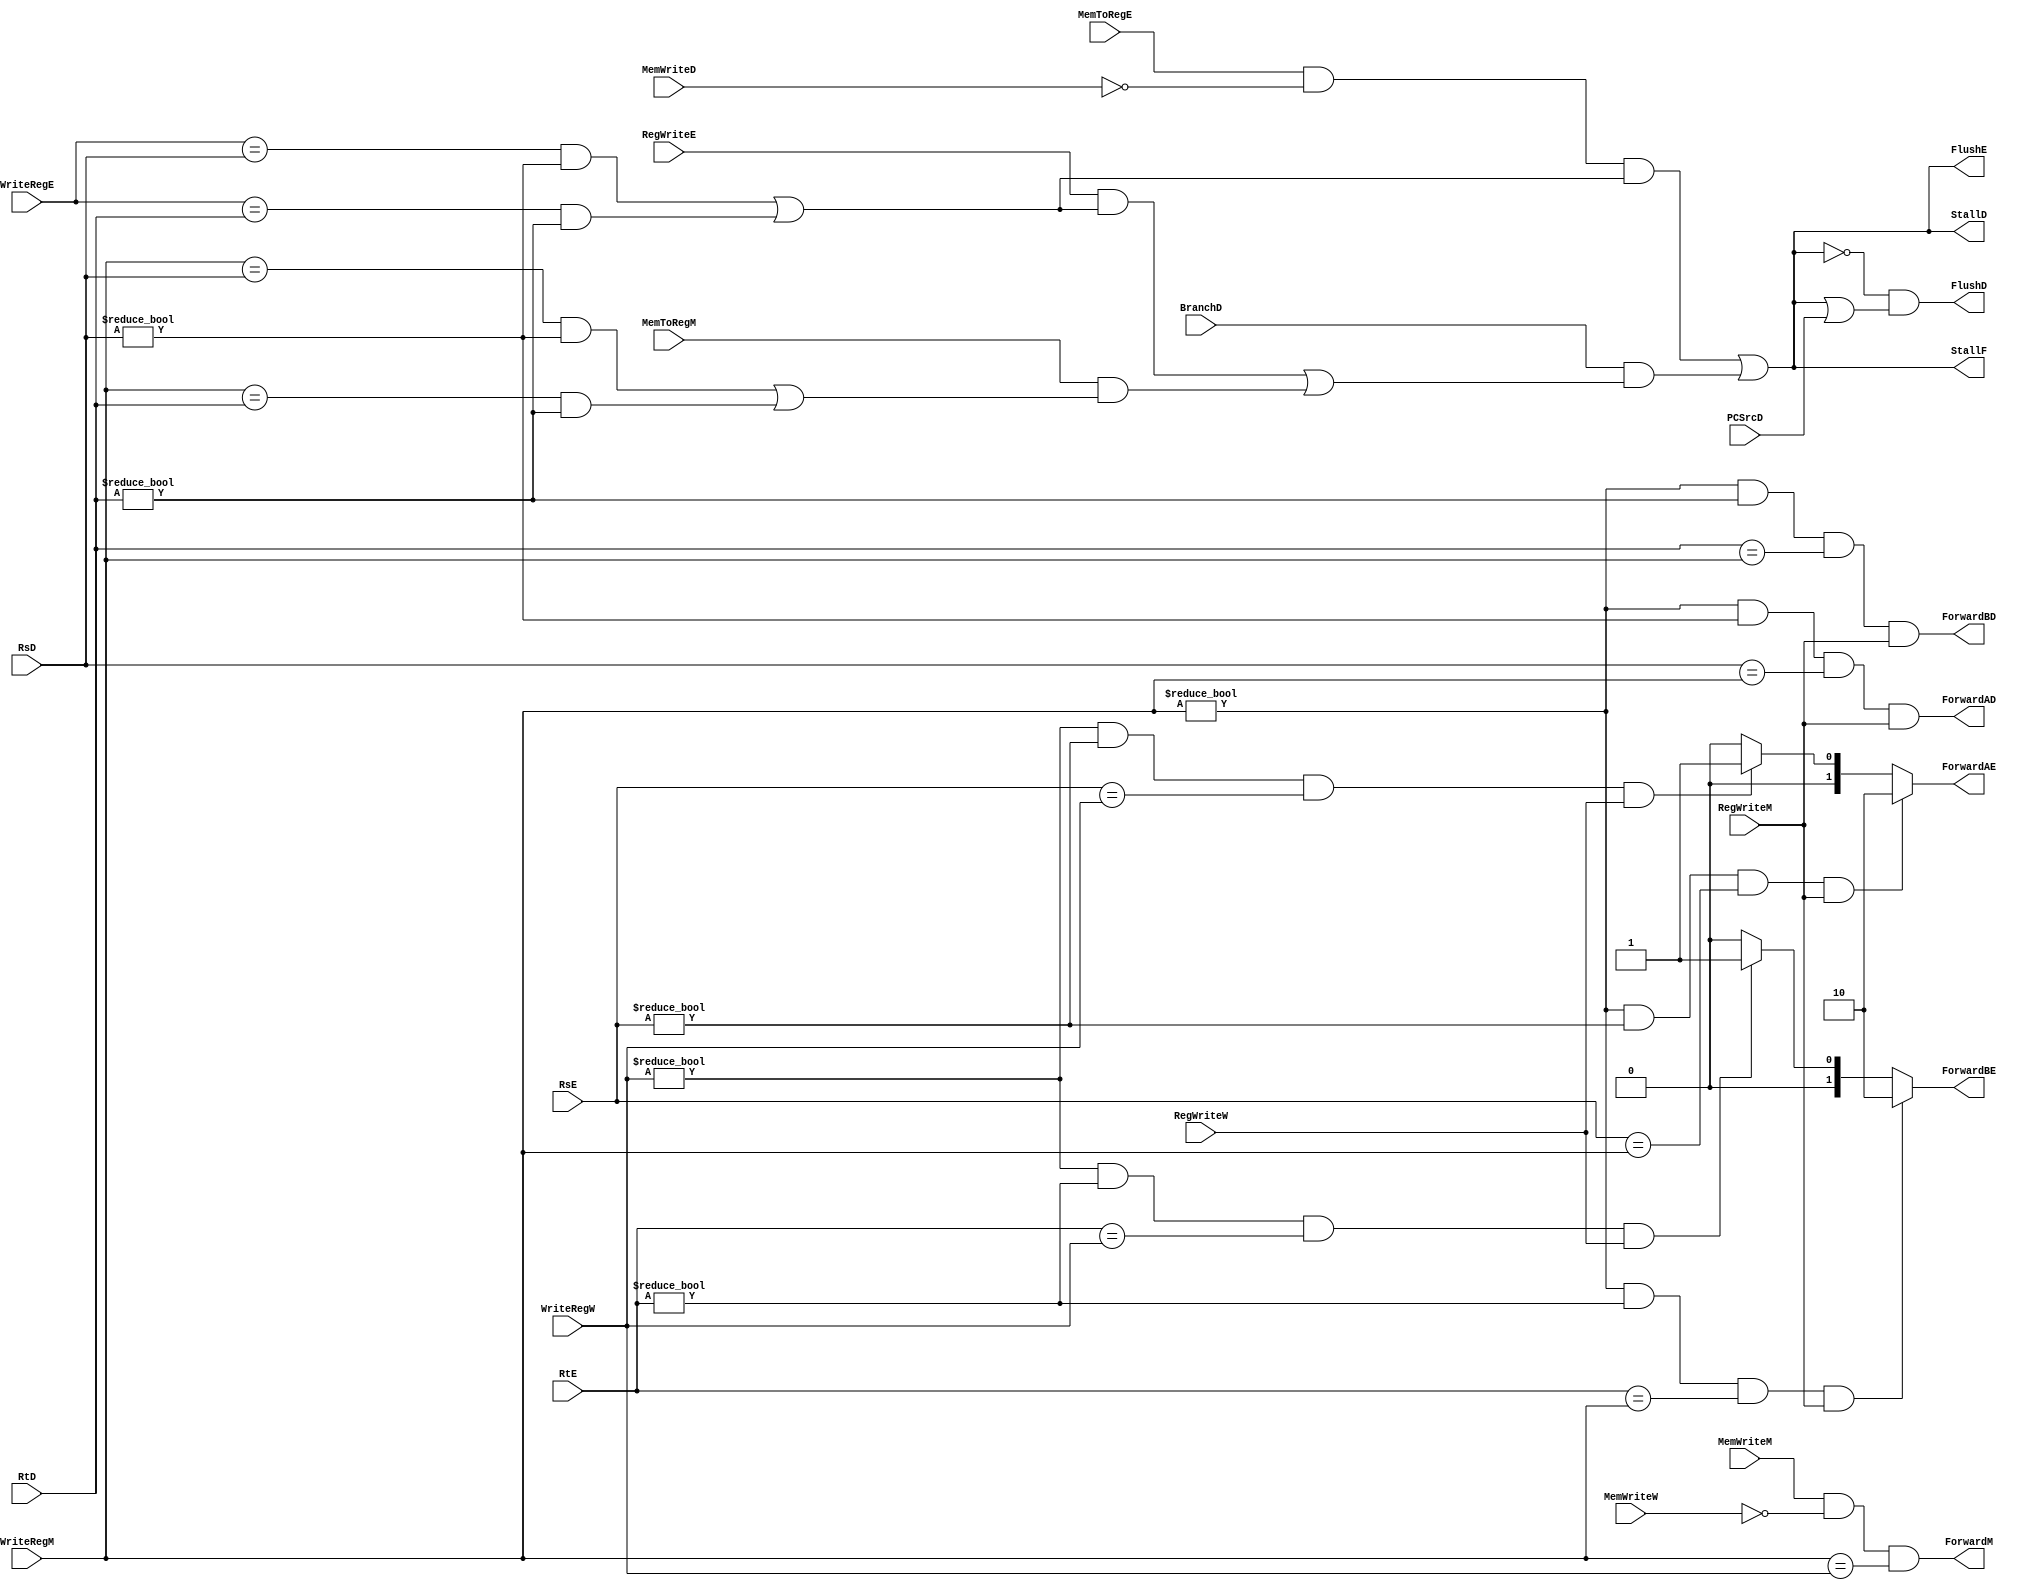
module Hazard(
  input   [4:0] RsD, RtD,
  input   [4:0] RsE, RtE,
  input   [4:0] WriteRegE, WriteRegM, WriteRegW,
  input         BranchD,
  input         MemWriteD, MemWriteM, MemWriteW,
  input         PCSrcD,
  input         MemToRegE, MemToRegM,
  input         RegWriteE, RegWriteM, RegWriteW,
  output        StallF, StallD,
  output        FlushD, FlushE,
  output        ForwardAD, ForwardBD, ForwardM,
  output  [1:0] ForwardAE, ForwardBE
  );
  
  // Forward
  // beq
  assign ForwardAD = (WriteRegM != 0) && (RsD != 0) && (RsD == WriteRegM) && (RegWriteM);
  assign ForwardBD = (WriteRegM != 0) && (RtD != 0) && (RtD == WriteRegM) && (RegWriteM);
  
  assign ForwardAE =  ((WriteRegM != 0) && (RsE != 0) && (RsE == WriteRegM) && (RegWriteM)) ? 2'b10 :
                      ((WriteRegW != 0) && (RsE != 0) && (RsE == WriteRegW) && (RegWriteW)) ? 2'b01 :
                      2'b00;
  assign ForwardBE =  ((WriteRegM != 0) && (RtE != 0) && (RtE == WriteRegM) && (RegWriteM)) ? 2'b10 :
                      ((WriteRegW != 0) && (RtE != 0) && (RtE == WriteRegW) && (RegWriteW)) ? 2'b01 :
                      2'b00;
  
  assign ForwardM = MemWriteM && !MemWriteW && (WriteRegM == WriteRegW);
  
  // Stall
  assign LwStallD = MemToRegE && !MemWriteD && ((WriteRegE == RsD && RsD != 0) || (WriteRegE == RtD && RtD != 0));
  
  assign BranchStallD = BranchD &&
                        ((RegWriteE && ((WriteRegE == RsD && RsD != 0) || (WriteRegE == RtD && RtD != 0))) ||
                         (MemToRegM && ((WriteRegM == RsD && RsD != 0) || (WriteRegM == RtD && RtD != 0))));
  
  assign StallD = LwStallD || BranchStallD;
  assign FlushE = StallD;
  assign StallF = StallD;
  assign FlushD = !StallD && (StallF || PCSrcD);
  
endmodule